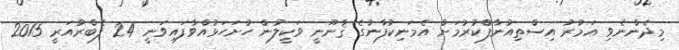
މިދެންނެވި އަމުރު އިސްތިއުނާފްކުރުމަށް އެމަނިކުފާނުގެ ޤާނޫނީ ވަކީލުން ހުށަހަޅުއްވާފައިވަނީ 24 ފެބްރުއަރީ 2015